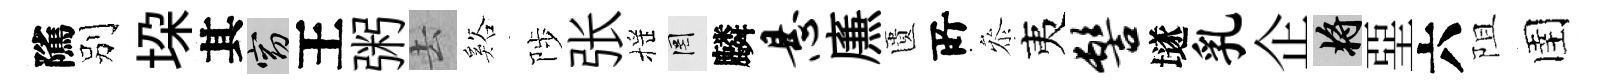
隲别垜其窈王粥去谿陟张摇罔麟悬㢘匱𠩄叅夷髻𡑞乳企將堊六阻圉